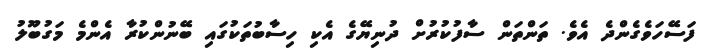
ފަސޭހަވެގެންދެ އެވެ. ތަންތަން ސާފުކުރުށް ދުނިޔޭގެ އެކި ހިސާބުތަކުގައި ބޭނުންކުރާ އެންމެ މަގުބޫލު